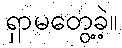
ရှာမတွေ့ခဲ့။